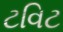
ટવિટ